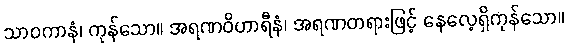
သာဝကာနံ၊ ကုန်သော။ အရဏဝိဟာရီနံ၊ အရဏတရားဖြင့် နေလေ့ရှိကုန်သော။